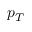
p _ { T }